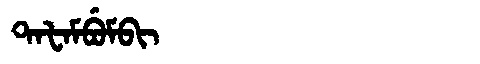
Manchu: ᡨᠠᡶᠠᠮᠪᡠᠮᠪᡳ
Romanization: TAFAMBUMBI